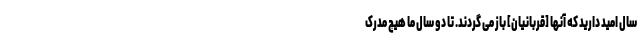
سال امید دارید که آنها [قربانیان] باز می گردند. تا دو سال ما هیچ مدرک